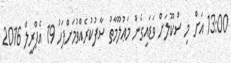
13:00 އަށް މި ސްކޫލަށް ވަޑައިގެން މަޢުލޫމާތު ސާފުކުރެއްވުމަށްފަހު 19 އެޕްރީލް 2016